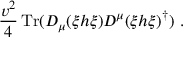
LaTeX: \frac { v ^ { 2 } } { 4 } \, \mathrm { T r } ( D _ { \mu } ( \xi h \xi ) D ^ { \mu } ( \xi h \xi ) ^ { \dagger } ) \ .